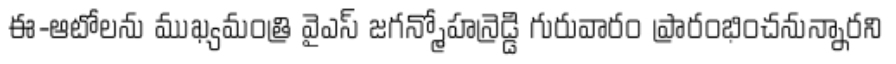
ఈ-ఆటోలను ముఖ్యమంత్రి వైఎస్ జగన్మోహన్రెడ్డి గురువారం ప్రారంభించనున్నారని